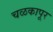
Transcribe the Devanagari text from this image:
चळकापूर